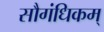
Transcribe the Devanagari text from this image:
सौगंधिकम्